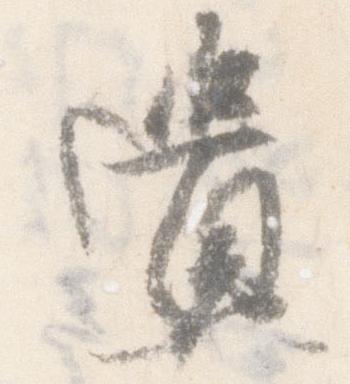
遺